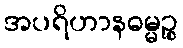
အပရိဟာနဓမ္မဉ္စ